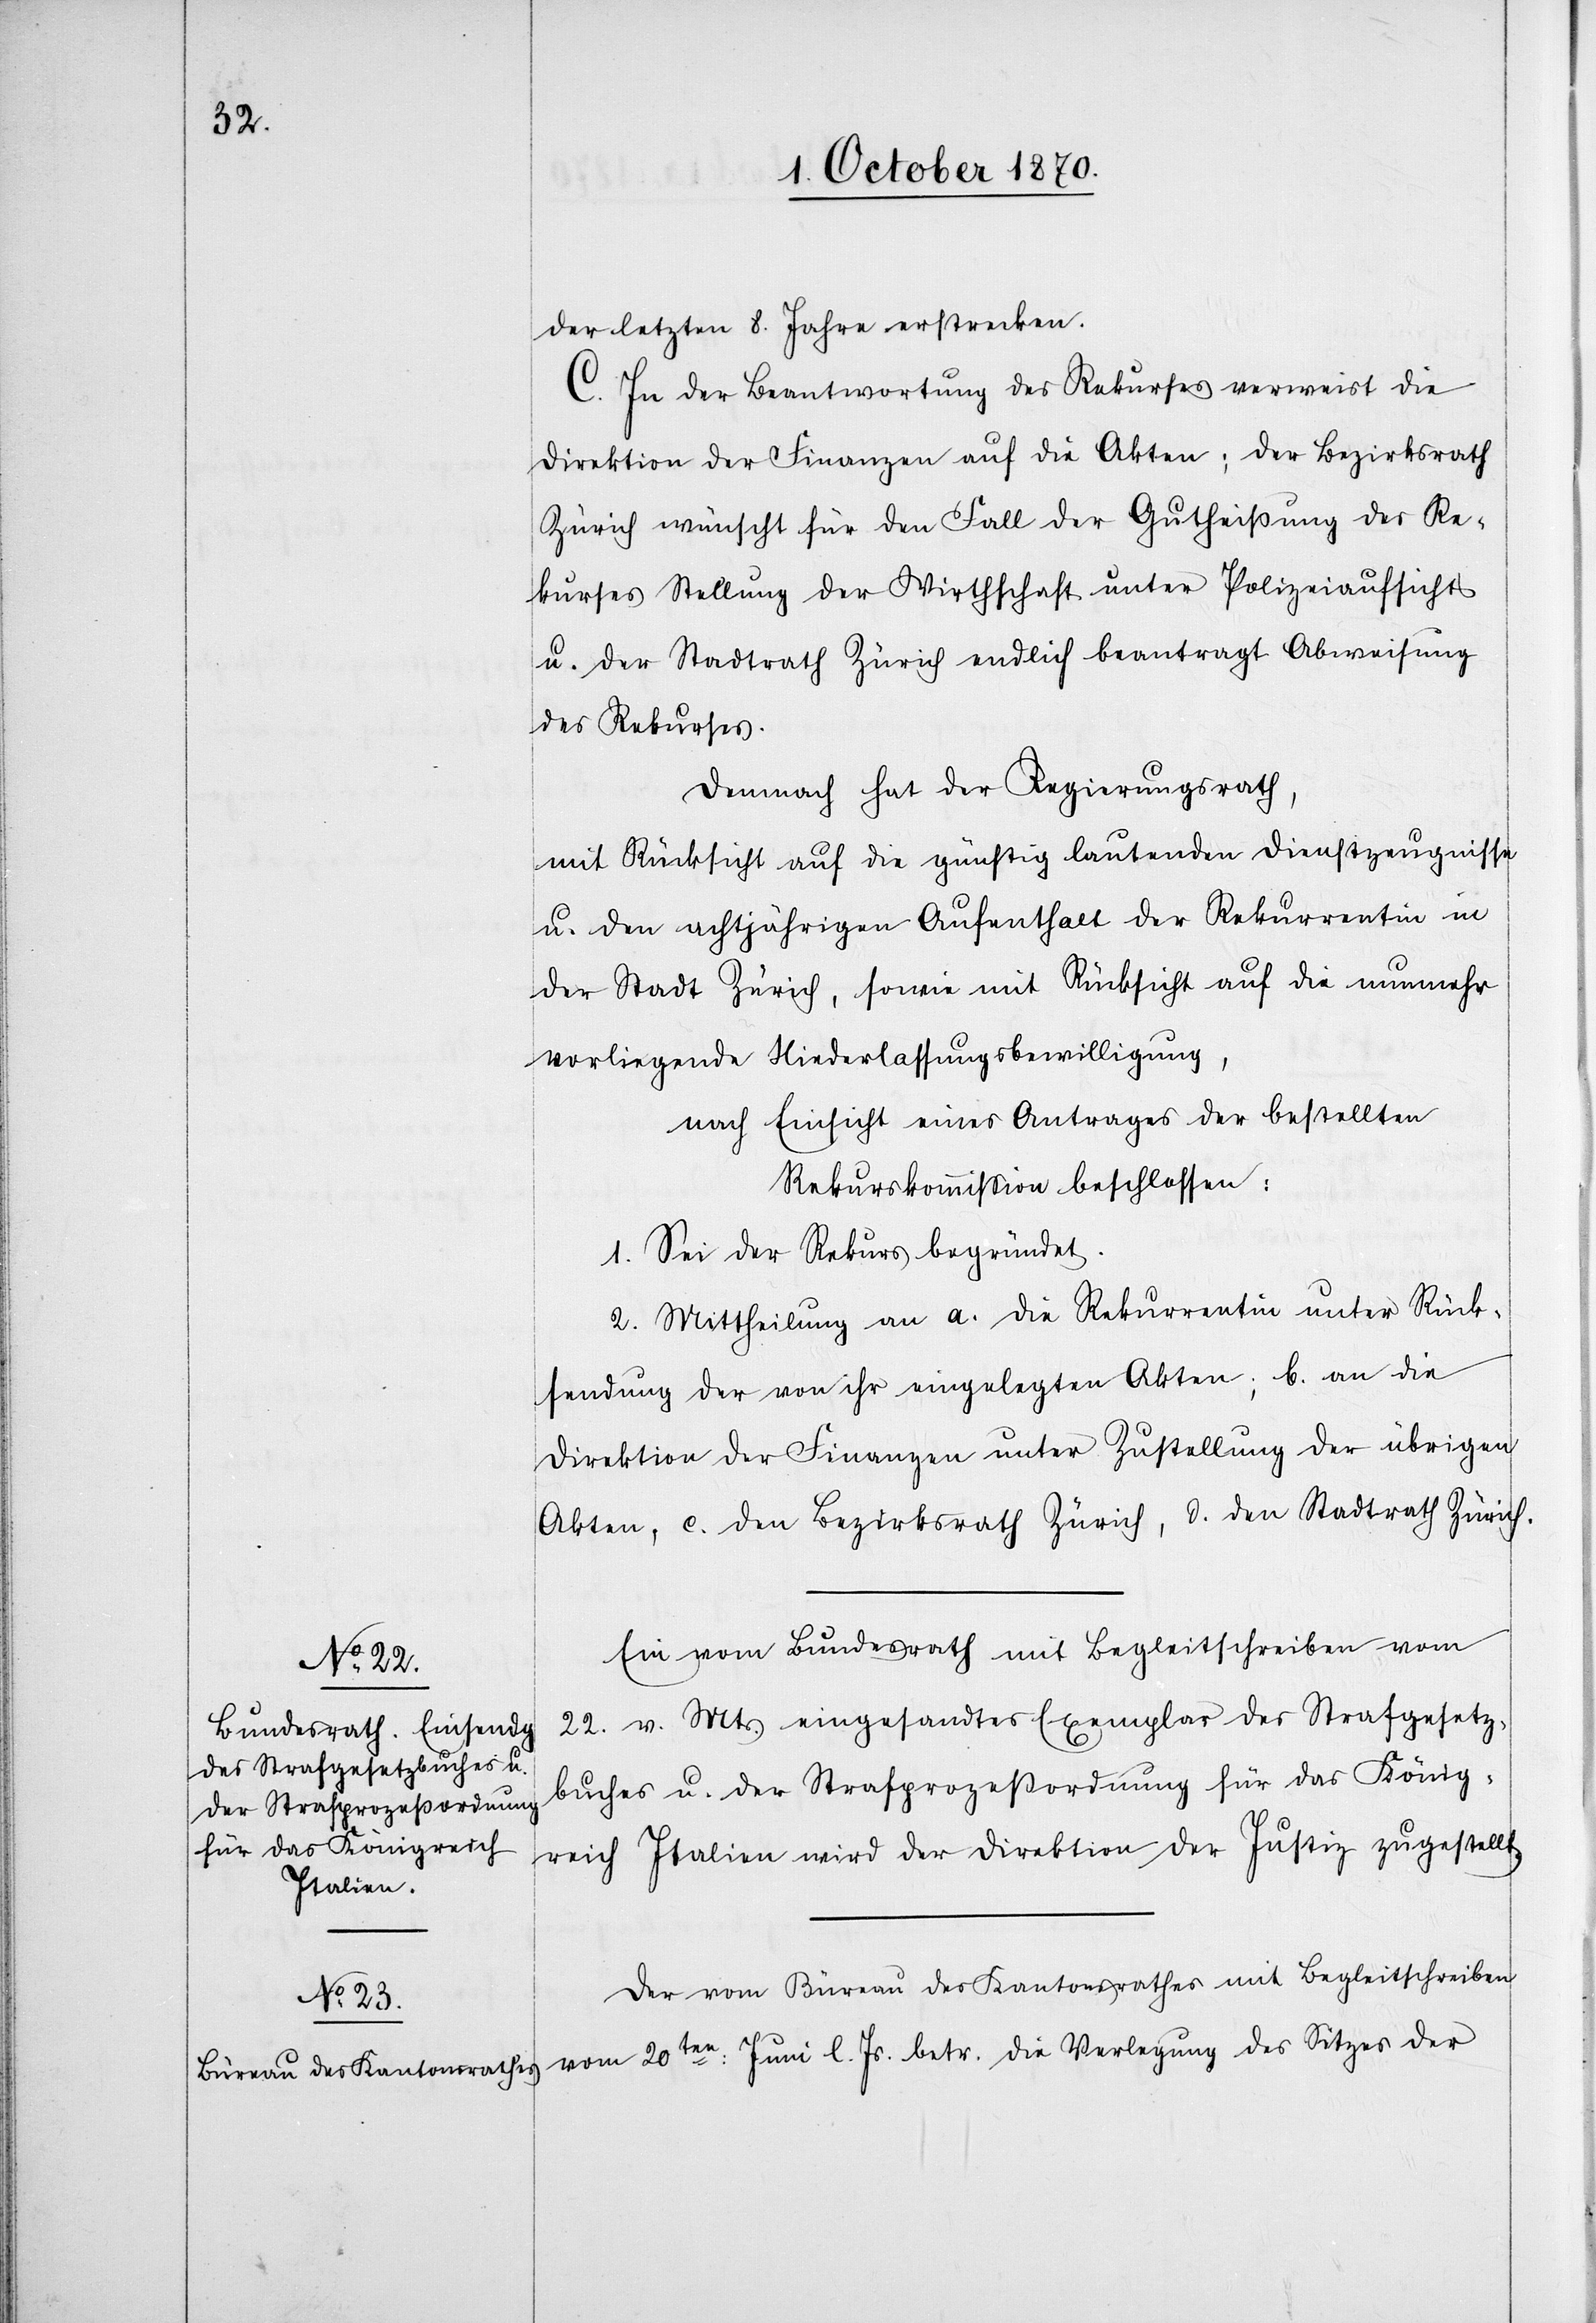
der letzten 8. Jahre erstrecken.
C. In der Beantwortung des Rekurses verweist die
Direktion der Finanzen auf die Akten; der Bezirksrath
Zürich wünscht für den Fall der Gutheißung des Re¬
kurses Stellung der Wirthschaft unter Polizeiaufsicht
u. der Stadtrath Zürich endlich beantragt Abweisung
des Rekurses.
Demnach hat der Regierungsrath,
mit Rücksicht auf die günstig lautenden Dienstzeugnisse
u. den achtjährigen Aufenthalt der Rekurrentin in
der Stadt Zürich, sowie mit Rücksicht auf die nunmehr
vorliegende Niederlassungsbewilligung,
nach Einsicht eines Antrages der bestellten
Rekurskommission beschlossen:
1. Sei der Rekurs begründet.
2. Mittheilung an a. die Rekurrentin unter Rück¬
sendung der von ihr eingelegten Akten, b. an die
Direktion der Finanzen unter Zustellung der übrigen
Akten, c. den Bezirksrath Zürich, d. den Stadtrath Zürich.
Ein vom Bundesrath mit Begleitschreiben vom
22. v. Mts. eingesandtes Exemplar des Strafgesetz¬
buches u. der Strafprozessordnung für das König¬
reich Italien wird der Direktion der Justiz zugestellt.
Der vom Büreau des Kantonsrathes mit Begleitschreiben
vom 20ten: Juni l. Js. betr. die Verlegung des Sitzes der